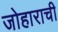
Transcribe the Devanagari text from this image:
जोहाराची